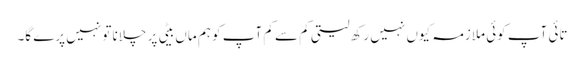
تائی آپ کوئی ملازمہ کیوں نہیں رکھ لیتی کم سے کم آپ کو ہم ماں بیٹی پر چلانا تو نہیں پرے گا۔